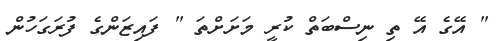
" އޭގެ އޭ ތި ނިސްބަތް ކުރީ މަށަށްތަ " ފައިޒަންގެ ފުރަގަހުން